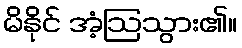
မိနိုင် အံ့ဩသွား၏။